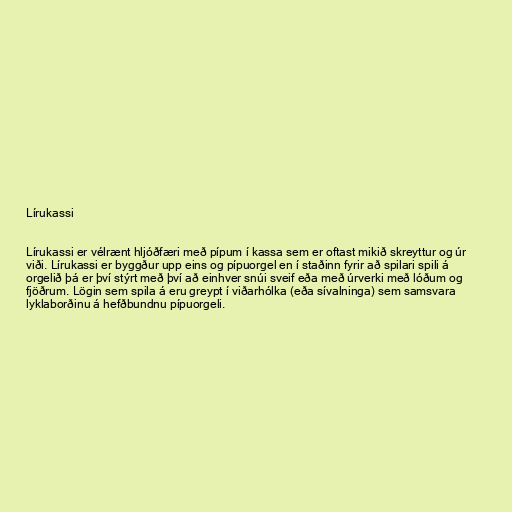
Lírukassi

Lírukassi er vélrænt hljóðfæri með pípum í kassa sem er oftast mikið skreyttur og úr
viði. Lírukassi er byggður upp eins og pípuorgel en í staðinn fyrir að spilari spili á
orgelið þá er því stýrt með því að einhver snúi sveif eða með úrverki með lóðum og
fjöðrum. Lögin sem spila á eru greypt í viðarhólka (eða sívalninga) sem samsvara
lyklaborðinu á hefðbundnu pípuorgeli.